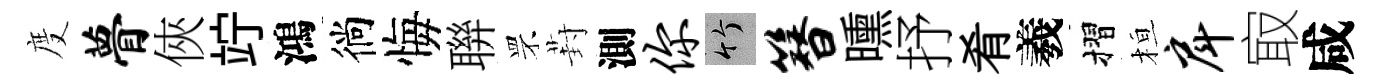
度瞢俠竚鴻徜悔聨罘葑測你竹簪曛抒肴羲摺桓戽㝡咸